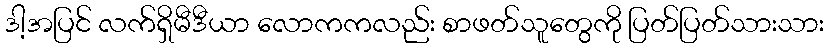
ဒါ့အပြင် လက်ရှိမီဒီယာ လောကကလည်း စာဖတ်သူတွေကို ပြတ်ပြတ်သားသား